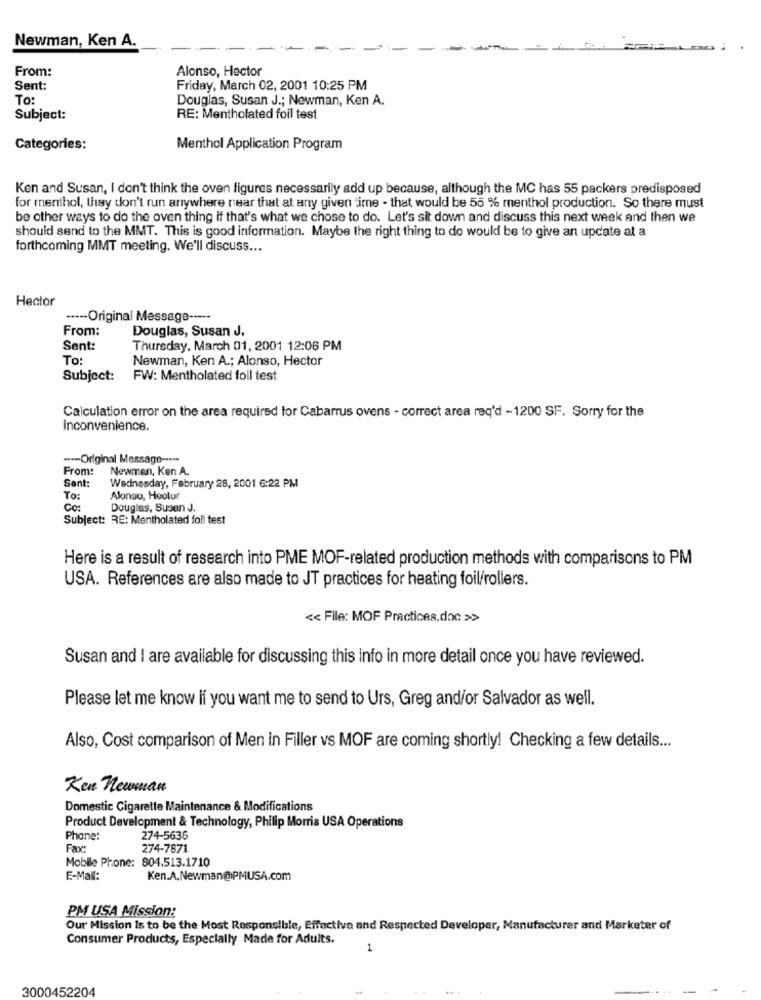
Newman, Ken A.
From:
Alonso, Hector
Sent:
Friday, March 02, 2001 10:25 PM
To:
Douglas, Susan J .; Newman, Ken A.
Subject:
RE: Mentholated foil test
Categories:
Menthol Application Program
Ken and Susan, I don't think the oven figures necessarily add up because, although the MC has 55 packers predisposed
for menthol, they don't run anywhere near that at any given time - that would be 55 % menthol production. So there must
be other ways to do the oven thing if that's what we chose to do. Let's sit down and discuss this next week and then we
should send to the MMT. This is good information. Maybe the right thing to do would be to give an update at a
forthcoming MMT meeting. We'll discuss ...
Hector
----- Original Message -----
From:
Douglas, Susan J.
Sent:
Thursday, March 01, 2001 12:06 PM
To:
Newman, Ken A .; Alonso, Hector
Subject: FW: Mentholated foil test
Calculation error on the area required for Cabarrus ovens - correct area req'd ~ 1200 SF. Sorry for the
inconvenience.
--- Original Message -----
From:
Newman, Ken A.
Sent:
Wednesday, February 28, 2001 6:22 PM
To:
Alonso, Hoolur
Co:
Douglas, Susan J.
Subject: RE: Mentholated foil test
Here is a result of research into PME MOF-related production methods with comparisons to PM
USA. References are also made to JT practices for heating foil/rollers.
<< File: MOF Practices.doc >>
Susan and I are available for discussing this info in more detail once you have reviewed.
Please let me know if you want me to send to Urs, Greg and/or Salvador as well.
Also, Cost comparison of Men in Filler vs MOF are coming shortly! Checking a few details ...
Ken newman
Domestic Cigarette Maintenance & Modifications
Product Development & Technology, Philip Morris USA Operations
Phone:
274-5636
Fax:
274-7871
Mobile Phone: 804.513.1710
E-Mail:
Ken.A.Newman@PMUSA.com
PM USA Mission:
Our Mission Is to be the Most Responsible, Effective and Respected Developer, Manufacturer and Marketer of
Consumer Products, Especially Made for Adults.
1
3000452204